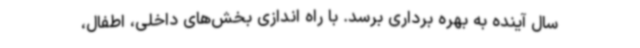
سال آینده به بهره برداری برسد. با راه اندازی بخش‌های داخلی، اطفال،